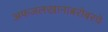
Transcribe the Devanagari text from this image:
अफजलखानाबरोबरचे